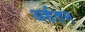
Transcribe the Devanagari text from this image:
अर्हतन